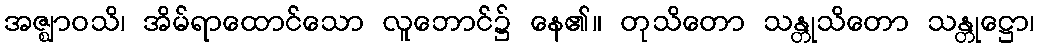
အဇ္ဈာဝသိ၊ အိမ်ရာထောင်သော လူဘောင်၌ နေ၏။ တုသိတော သန္တုသိတော သန္တုဋ္ဌော၊